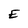
Character: E